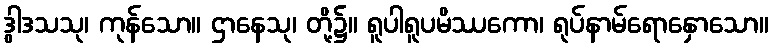
ဒွါဒသသု၊ ကုန်သော။ ဌာနေသု၊ တို့၌။ ရူပါရူပမိဿကော၊ ရုပ်နာမ်ရောနှောသော။